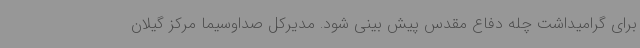
برای گرامیداشت چله دفاع مقدس پیش بینی شود. مدیرکل صداوسیما مرکز گیلان